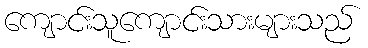
ကျောင်းသူကျောင်းသားများသည်